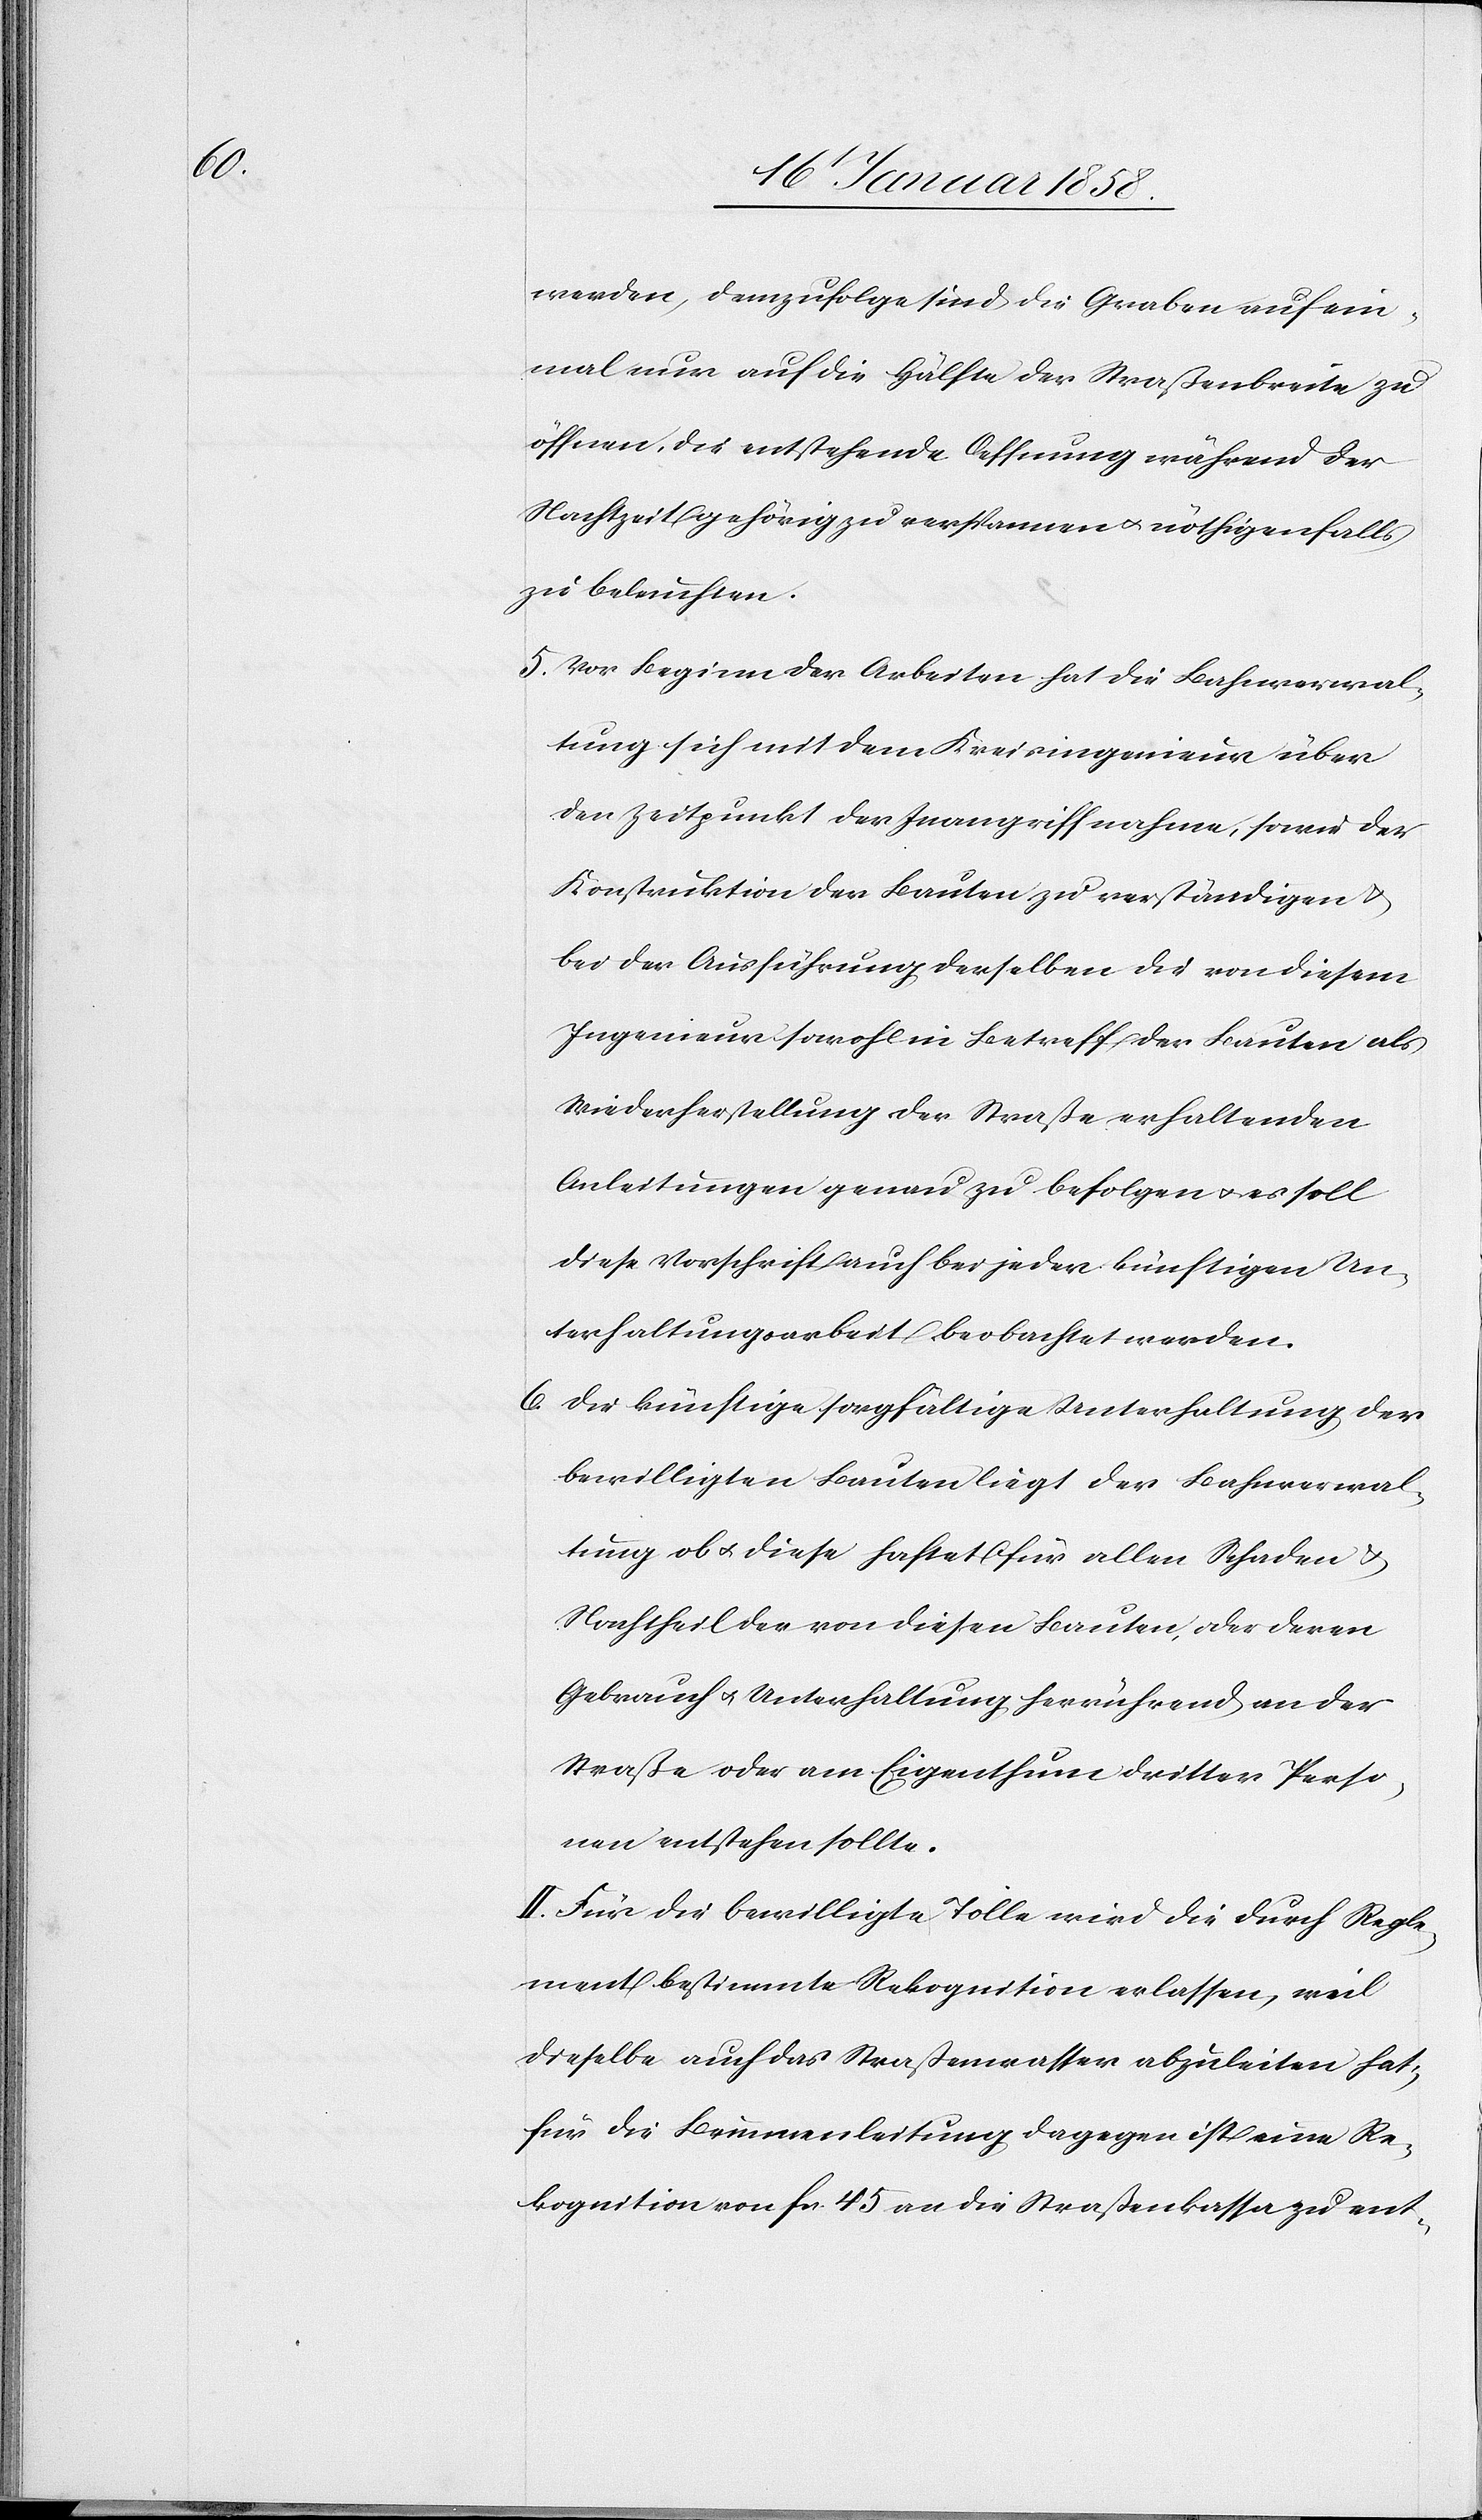
werden, demzufolge sind die Graben auf ein¬
mal nur auf die Hälfte der Straßenbreite zu
öffnen, die entstehende Öffnung während der
Nachtzeit gehörig zu verspannen u. nöthigenfalls
zu beleuchten.
5. Vor Beginn der Arbeiten hat die Bahnverwal¬
tung sich mit dem Kreisingenieur über
den Zeitpunkt der Inangriffnahme, sowie der
Konstruktion der Bauten zu verständigen u.
bei der Ausführung derselben die von diesem
Ingenieur sowohl in Betreff der Bauten als
Wiederherstellung der Straße erhaltenden
Anleitungen genau zu befolgen u. es soll
diese Vorschrift auch bei jeder künftigen Un¬
terhaltungsarbeit beobachtet werden.
6. Die künftige sorgfältige Unterhaltung der
bewilligten Bauten liegt der Bahnverwal¬
tung ob u. diese haftet für allen Schaden u.
Nachtheil der von diesen Bauten oder deren
Gebrauch u. Unterhaltung herrührend an der
Straße oder am Eigenthum dritter Perso¬
nen entstehen sollte.
II. Für die bewilligte Tolle wird die durch Regle¬
ment bestimmte Rekognition erlassen, weil
dieselbe auch das Straßenwasser abzuleiten hat,
für die Brunnenleitung dagegen ist eine Re¬
kognition von fcs. 45 an die Straßenkassa zu ent-